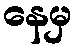
နေမှ